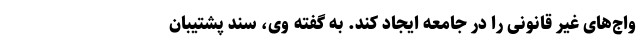
واج‌های غیر قانونی را در جامعه ایجاد کند. به گفته وی، سند پشتیبان